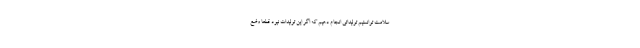
سلامت توانستیم تولیداتی انجام دهیم که اگر این تولیدات نبود قطعا وضع